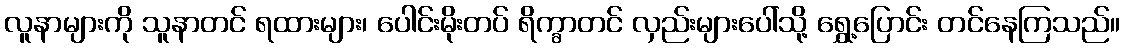
လူနာများကို သူနာတင် ရထားများ၊ ပေါင်းမိုးတပ် ရိက္ခာတင် လှည်းများပေါ်သို့ ရွှေ့ပြောင်း တင်နေကြသည်။